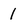
Character: 1